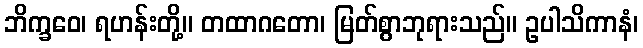
ဘိက္ခဝေ၊ ရဟန်းတို့။ တထာဂတော၊ မြတ်စွာဘုရားသည်။ ဥပါသိကာနံ၊